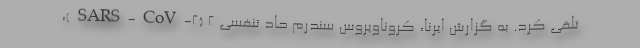
تلقی کرد. به گزارش ایرنا، کروناویروس سندرم حاد تنفسی ۲ (SARS-CoV-۲)،